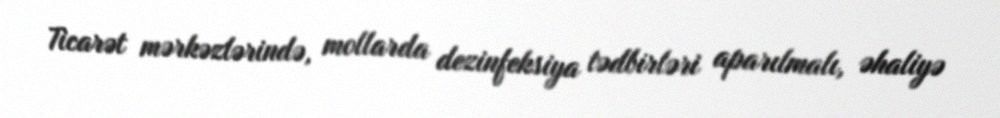
Ticarət mərkəzlərində, mollarda dezinfeksiya tədbirləri aparılmalı, əhaliyə